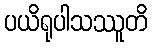
ပယိရုပါသဿူတိ